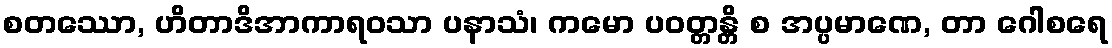
စတဿော, ဟိတာဒိအာကာရဝသာ ပနာသံ၊ ကမော ပဝတ္တန္တိ စ အပ္ပမာဏေ, တာ ဂေါစရေ